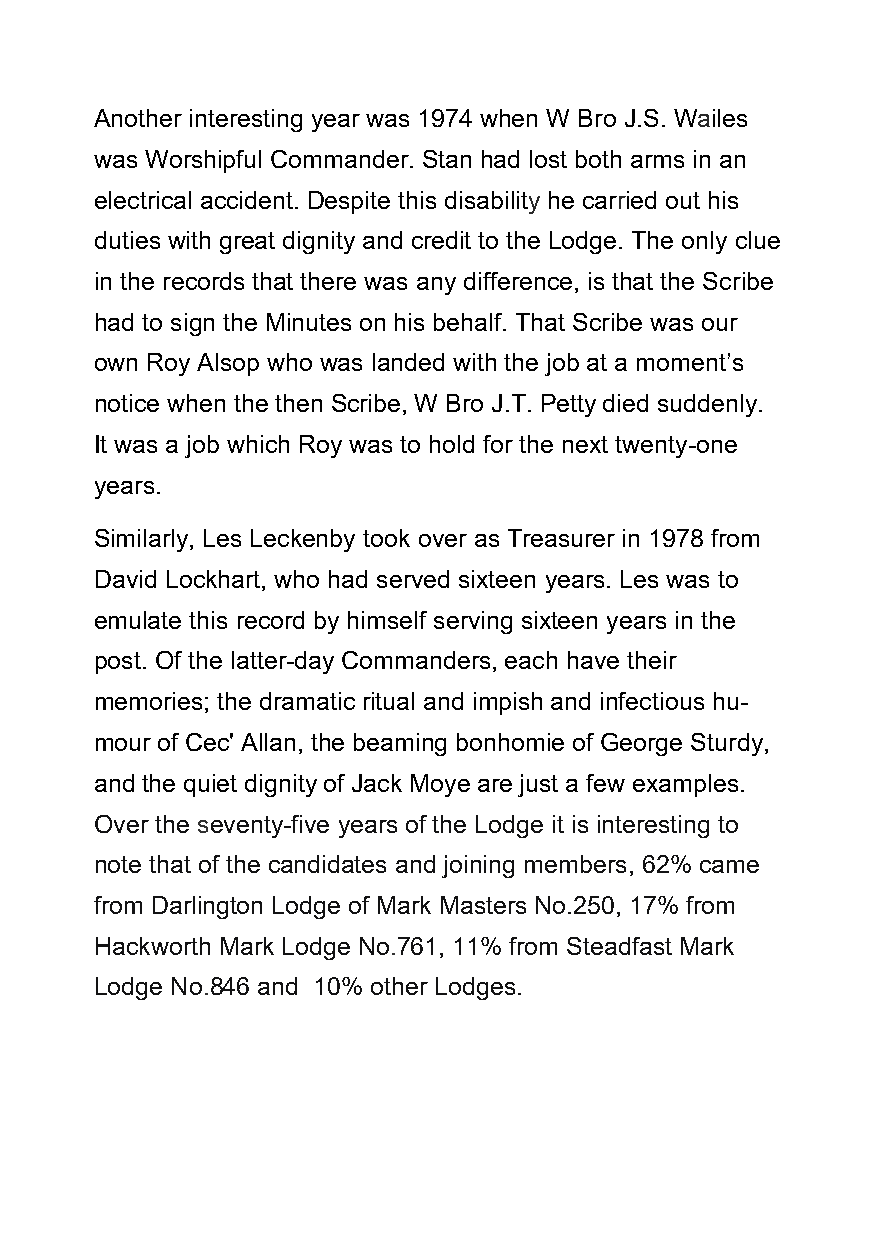
Another interesting year was 1974 when W Bro J.S. Wailes
 was Worshipful Commander. Stan had lost both arms in an
 electrical accident. Despite this disability he carried out his
 duties with great dignity and credit to the Lodge. The only clue
 in the records that there was any difference, is that the Scribe
 had to sign the Minutes on his behalf. That Scribe was our
 own Roy Alsop who was landed with the job at a moment’s
 notice when the then Scribe, W Bro J.T. Petty died suddenly.
 It was a job which Roy was to hold for the next twenty-one
 years.
 Similarly, Les Leckenby took over as Treasurer in 1978 from
 David Lockhart, who had served sixteen years. Les was to
 emulate this record by himself serving sixteen years in the
 post. Of the latter-day Commanders, each have their
 memories; the dramatic ritual and impish and infectious hu-
 mour of Cec' Allan, the beaming bonhomie of George Sturdy,
 and the quiet dignity of Jack Moye are just a few examples.
 Over the seventy-five years of the Lodge it is interesting to
 note that of the candidates and joining members, 62% came
 from Darlington Lodge of Mark Masters No.250, 17% from
 Hackworth Mark Lodge No.761, 11% from Steadfast Mark
 Lodge No.846 and 10% other Lodges.